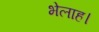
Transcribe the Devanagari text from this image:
भेलाह।